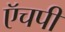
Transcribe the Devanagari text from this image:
ऍचपी